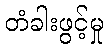
တံခါးဖွင့်မှု